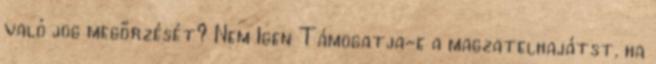
való jog megőrzését? Nem Igen Támogatja-e a magzatelhajátst, ha